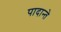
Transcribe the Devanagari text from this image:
पादान्ते